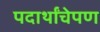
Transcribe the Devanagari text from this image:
पदार्थांचेपण